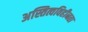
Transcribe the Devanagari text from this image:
अस्तित्वविहीनता